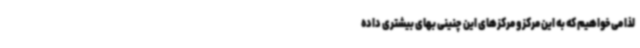
لذا می‌خواهیم که به این مرکز و مرکزهای این چنینی بهای بیشتری داده